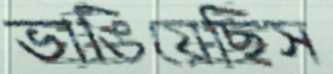
ভাঙিয়েছিস